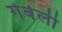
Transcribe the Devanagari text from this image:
गेबेली